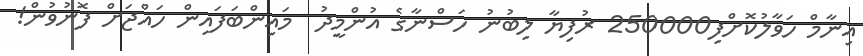
އިނާމް ހަވާލުކޮށްފި250000 ރުފިޔާ ލިބުނު ހަސްނާގެ އުންމީދު  މައިންބަފައިން ހައްޖަށް ފޮނުވުން!